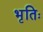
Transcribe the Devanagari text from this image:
भृतिः